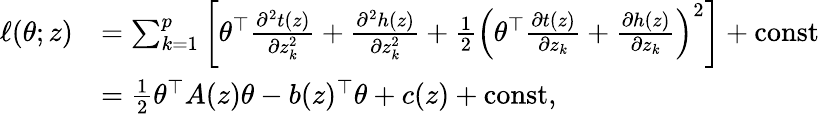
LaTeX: \begin{array}{rl}{\ell(\theta;z)}&{=\sum_{k=1}^{p}\left[\theta^{\top}\frac{\partial^{2}t(z)}{\partial z_{k}^{2}}+\frac{\partial^{2}h(z)}{\partial z_{k}^{2}}+\frac 12\left(\theta^{\top}\frac{\partial t(z)}{\partial z_{k}}+\frac{\partial h(z)}{\partial z_{k}}\right)^{2}\right]+\mathrm{const}}\\ &{=\frac 12\theta^{\top}A(z)\theta-b(z)^{\top}\theta+c(z)+\mathrm{const},}\end{array}